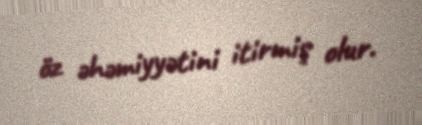
öz əhəmiyyətini itirmiş olur.